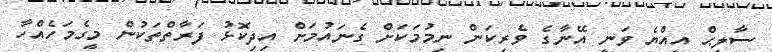
ސާލިޙް އިއްޔެ ވަނީ އޭނާގެ ވެރިކަން ނިމުމަކަށް ގެނައުމަށް އިދިކޮޅު ފަރާތްތަކުން މީގެމަހެއްހާ